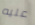
عليه